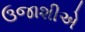
ઉજાશીએ